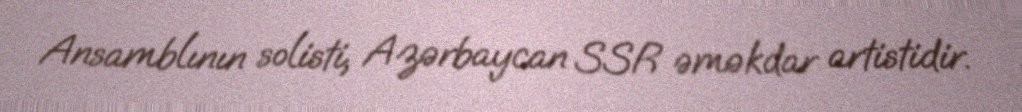
Ansamblının solisti, Azərbaycan SSR əməkdar artistidir.